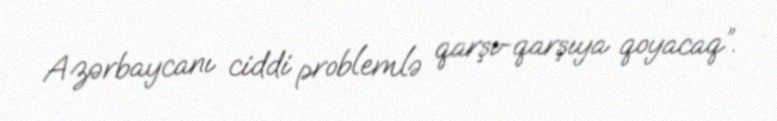
Azərbaycanı ciddi problemlə qarşı-qarşıya qoyacaq”.